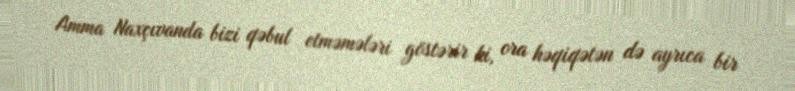
Amma Naxçıvanda bizi qəbul etməmələri göstərir ki, ora həqiqətən də ayrıca bir